Lunatic asylums Central Provinces reports 1910-1926 - 1910-1926
Year: 1910
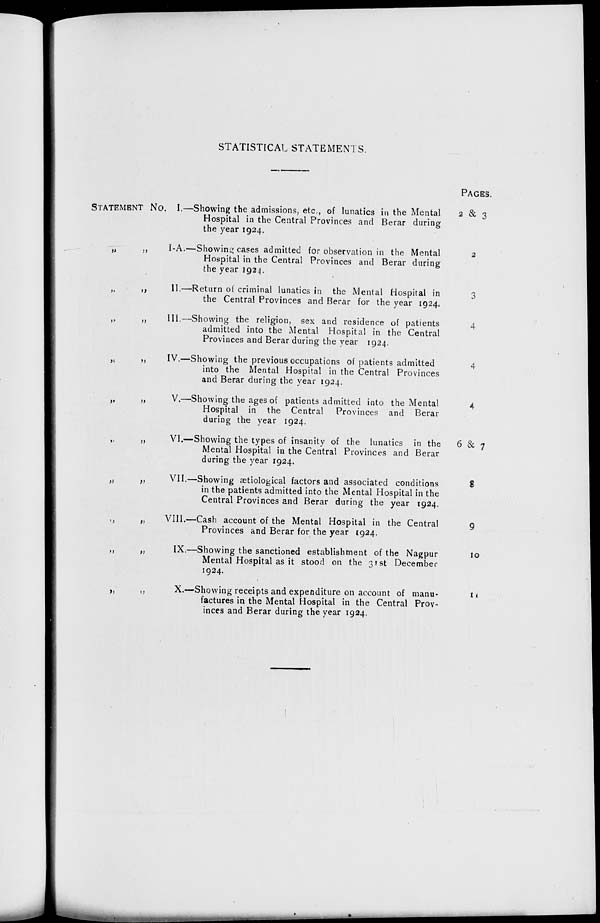
STATISTICAL STATEMENTS.
STATEMENT No.
„ „
„ „
„ „
„ „
„ „
„ „
„ „
„ „
„ „
„ „
I.—Showing the admissions, etc., of lunatics in the Mental
Hospital in the Central Provinces and Berar during
the year 1924.
I-A.—Showing cases admitted for observation in the Mental
Hospital in the Central Provinces and Berar during
the year 1924.
II.—Return of criminal lunatics in the Mental Hospital in
the Central Provinces and Berar for the year 1924.
III.—Showing the religion, sex and residence of patients
admitted into the Mental Hospital in the Central
Provinces and Berar during the year 1924.
IV.—Showing the previous occupations of patients admitted
into the Mental Hospital in the Central Provinces
and Berar during the year 1924.
V.—Showing the ages of patients admitted into the Mental
Hospital in the Central Provinces and Berar
during the year 1924.
VI.—Showing the types of insanity of the lunatics in the
Mental Hospital in the Central Provinces and Berar
during the year 1924.
VII.—Showing ætiological factors and associated conditions
in the patients admitted into the Mental Hospital in the
Central Provinces and Berar during the year 1924.
VIII.—Cash account of the Mental Hospital in the Central
Provinces and Berar for the year 1924.
IX.—Showing the sanctioned establishment of the Nagpur
Mental Hospital as it stood on the 31st December
1924.
X.—Showing receipts and expenditure on account of manu-
factures in the Mental Hospital in the Central Prov-
inces and Berar during the year 1924.
PAGES.
2 & 3
2
3
4
4
4
6 & 7
8
9
10
11